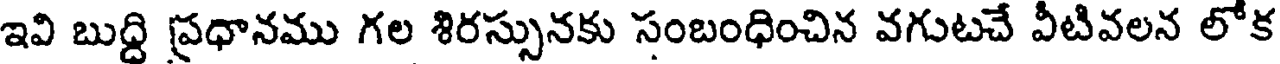
ఇవి బుద్ది ప్రధానము గల శిరస్సునకు సంబంధించిన వగుటచే వీటివలన లోక